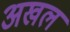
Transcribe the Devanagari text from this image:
अखल